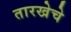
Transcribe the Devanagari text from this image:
तारखेचे